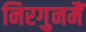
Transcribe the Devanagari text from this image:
निरगुनमैं